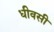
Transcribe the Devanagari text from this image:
धीवसी